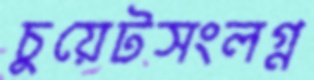
চুয়েটসংলগ্ন